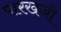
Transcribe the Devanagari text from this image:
पारखजी